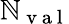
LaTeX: \mathbb{N}_{\mathrm{{~v~a~l~}}}